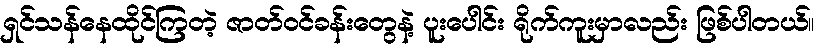
ရှင်သန်နေထိုင်ကြတဲ့ ဇာတ်ဝင်ခန်းတွေနဲ့ ပူးပေါင်း ရိုက်ကူးမှာလည်း ဖြစ်ပါတယ်။